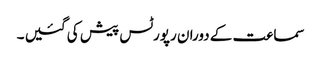
سماعت کے دوران رپورٹس پیش کی گئیں ۔